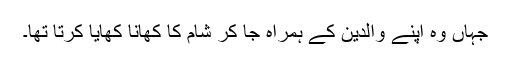
جہاں وہ اپنے والدین کے ہمراہ جا کر شام کا کھانا کھایا کرتا تھا۔